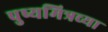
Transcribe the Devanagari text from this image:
पुष्यमित्रच्या